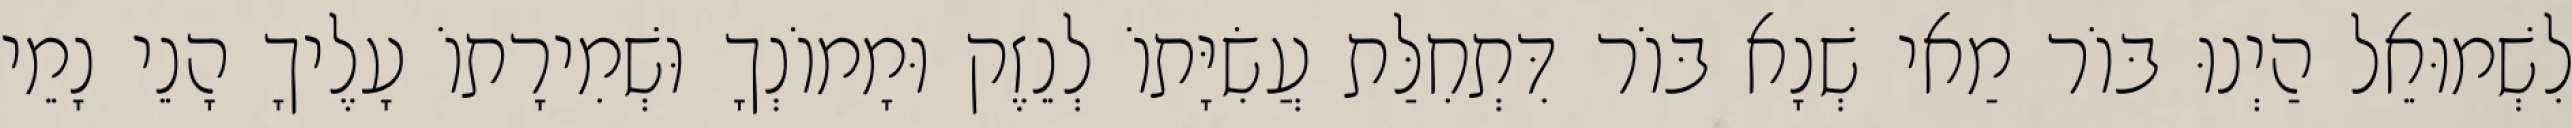
לִשְׁמוּאֵל הַיְנוּ בּוֹר מַאי שְׁנָא בּוֹר דִּתְחִלַּת עֲשִׂיָּתוֹ לְנֵזֶק וּמָמוֹנְךָ וּשְׁמִירָתוֹ עָלֶיךָ הָנֵי נָמֵי